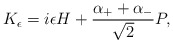
\begin{align*}K_\epsilon=i\epsilon H +{{\alpha_++\alpha_-}\over\sqrt{2}}P,\end{align*}